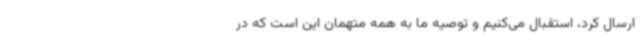
ارسال کرد، استقبال می‌کنیم و توصیه ما به همه متهمان این است که در